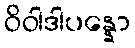
ဝိဝါဒါပန္နော